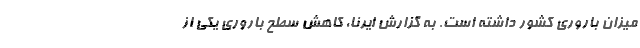
میزان باروری کشور داشته است. به گزارش ایرنا، کاهش سطح باروری یکی از